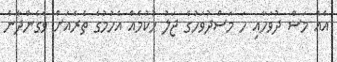
އެއް މަސް ދުވަހާއި ހަ މަސްދުވަހުގެ ޖަލު ހުކުމެއް އެހުމުގެ ތެރެއަށް ވެގެންދާނެ